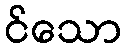
င်သော